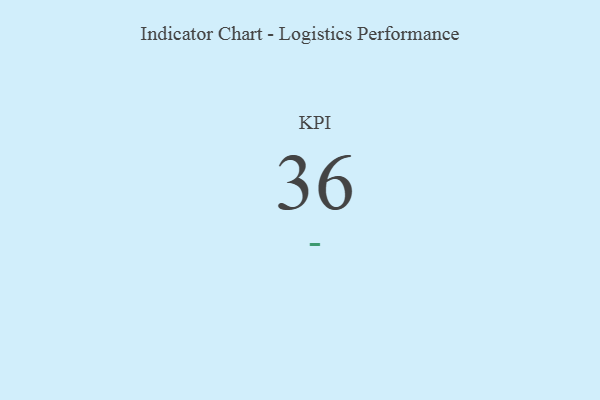
{"axis": {"x": "KPI", "y": "Value"}, "legend": [""], "data": [{"x": "KPI", "y": 36, "type": ""}]}